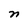
Character: n